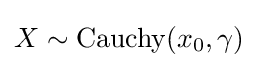
X\sim \operatorname {Cauchy} (x_{0},\gamma )